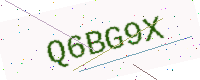
Text: Q6BG9X